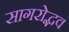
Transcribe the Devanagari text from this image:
सागरोद्भव